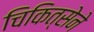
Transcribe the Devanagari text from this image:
चिकित्सेने